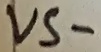
Text: VS-